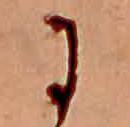
に